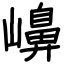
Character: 𡽶